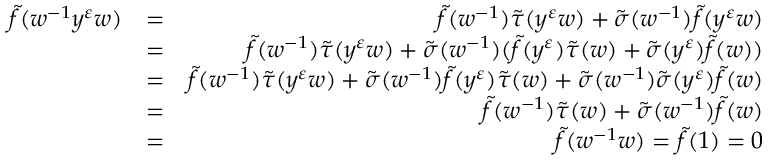
\begin{array} { r l r } { \tilde { f } ( w ^ { - 1 } y ^ { \varepsilon } w ) } & { = } & { \tilde { f } ( w ^ { - 1 } ) \tilde { \tau } ( y ^ { \varepsilon } w ) + \tilde { \sigma } ( w ^ { - 1 } ) \tilde { f } ( y ^ { \varepsilon } w ) } \\ & { = } & { \tilde { f } ( w ^ { - 1 } ) \tilde { \tau } ( y ^ { \varepsilon } w ) + \tilde { \sigma } ( w ^ { - 1 } ) ( \tilde { f } ( y ^ { \varepsilon } ) \tilde { \tau } ( w ) + \tilde { \sigma } ( y ^ { \varepsilon } ) \tilde { f } ( w ) ) } \\ & { = } & { \tilde { f } ( w ^ { - 1 } ) \tilde { \tau } ( y ^ { \varepsilon } w ) + \tilde { \sigma } ( w ^ { - 1 } ) \tilde { f } ( y ^ { \varepsilon } ) \tilde { \tau } ( w ) + \tilde { \sigma } ( w ^ { - 1 } ) \tilde { \sigma } ( y ^ { \varepsilon } ) \tilde { f } ( w ) } \\ & { = } & { \tilde { f } ( w ^ { - 1 } ) \tilde { \tau } ( w ) + \tilde { \sigma } ( w ^ { - 1 } ) \tilde { f } ( w ) } \\ & { = } & { \tilde { f } ( w ^ { - 1 } w ) = \tilde { f } ( 1 ) = 0 } \end{array}